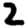
Digit: 2